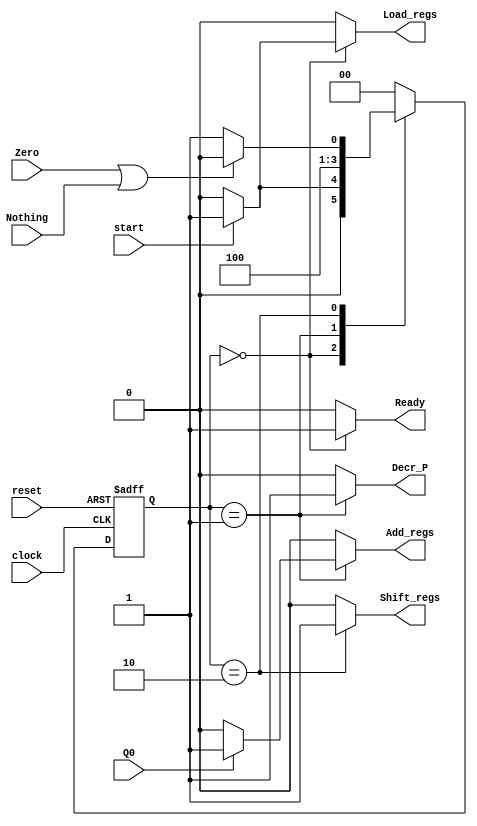
module controller_bm(
	input clock, reset, start, Nothing, Zero, Q0,
	output reg Ready, Load_regs, Decr_P, Add_regs, Shift_regs
);
parameter S_idle = 2'b00;
parameter S_add = 2'b01;
parameter S_shift = 2'b10;
reg [1:0] state, next_state;
always @(posedge clock, posedge reset)
	if (reset)
		state <= S_idle;
	else
		state <= next_state;
always @(*)
begin
	Load_regs = 0;
	Decr_P = 0;
	Add_regs = 0;
	Shift_regs = 0;
	Ready = 0;
	case (state)
		S_idle: begin
			if (start) begin
				next_state = S_add;
				Load_regs = 1;
			end else
				next_state = S_idle;
			Ready = 1;
		end
		S_add: begin
			next_state = S_shift;
			Decr_P = 1;
			if (Q0) Add_regs = 1;
		end
		S_shift: begin
			next_state = (Zero | Nothing) ? S_idle : S_add;
			Shift_regs = 1;
		end
		default: next_state = S_idle;
	endcase
end
endmodule